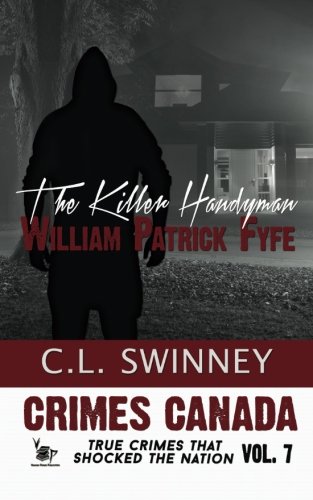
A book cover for The Killer Handyman (Crimes Canada: True Crimes That Shocked The Nation) (Volume 7); CL Swinney; Biographies & Memoirs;